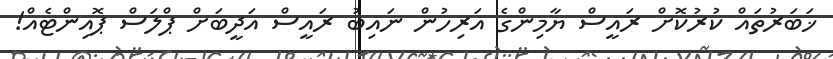
ޚަބަރުތައް ކުރުކޮށް ރައީސް ޔާމިންގެ އަރިހުން ނައިބު ރައީސް އަދީބަށް ޕްލަސް ޕޮއިންޓެއް!